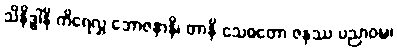
သိနိဒ္ဓါနိ ကိရေလွှ ဘောဇနာနိ၊ တာနိ သေဝတော ဇနဿ ပညာဝဍ္ဎ၊